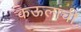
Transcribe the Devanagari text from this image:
कऊलांची